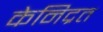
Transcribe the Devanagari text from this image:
केनिद्रत